Riigikantselei, lk 25
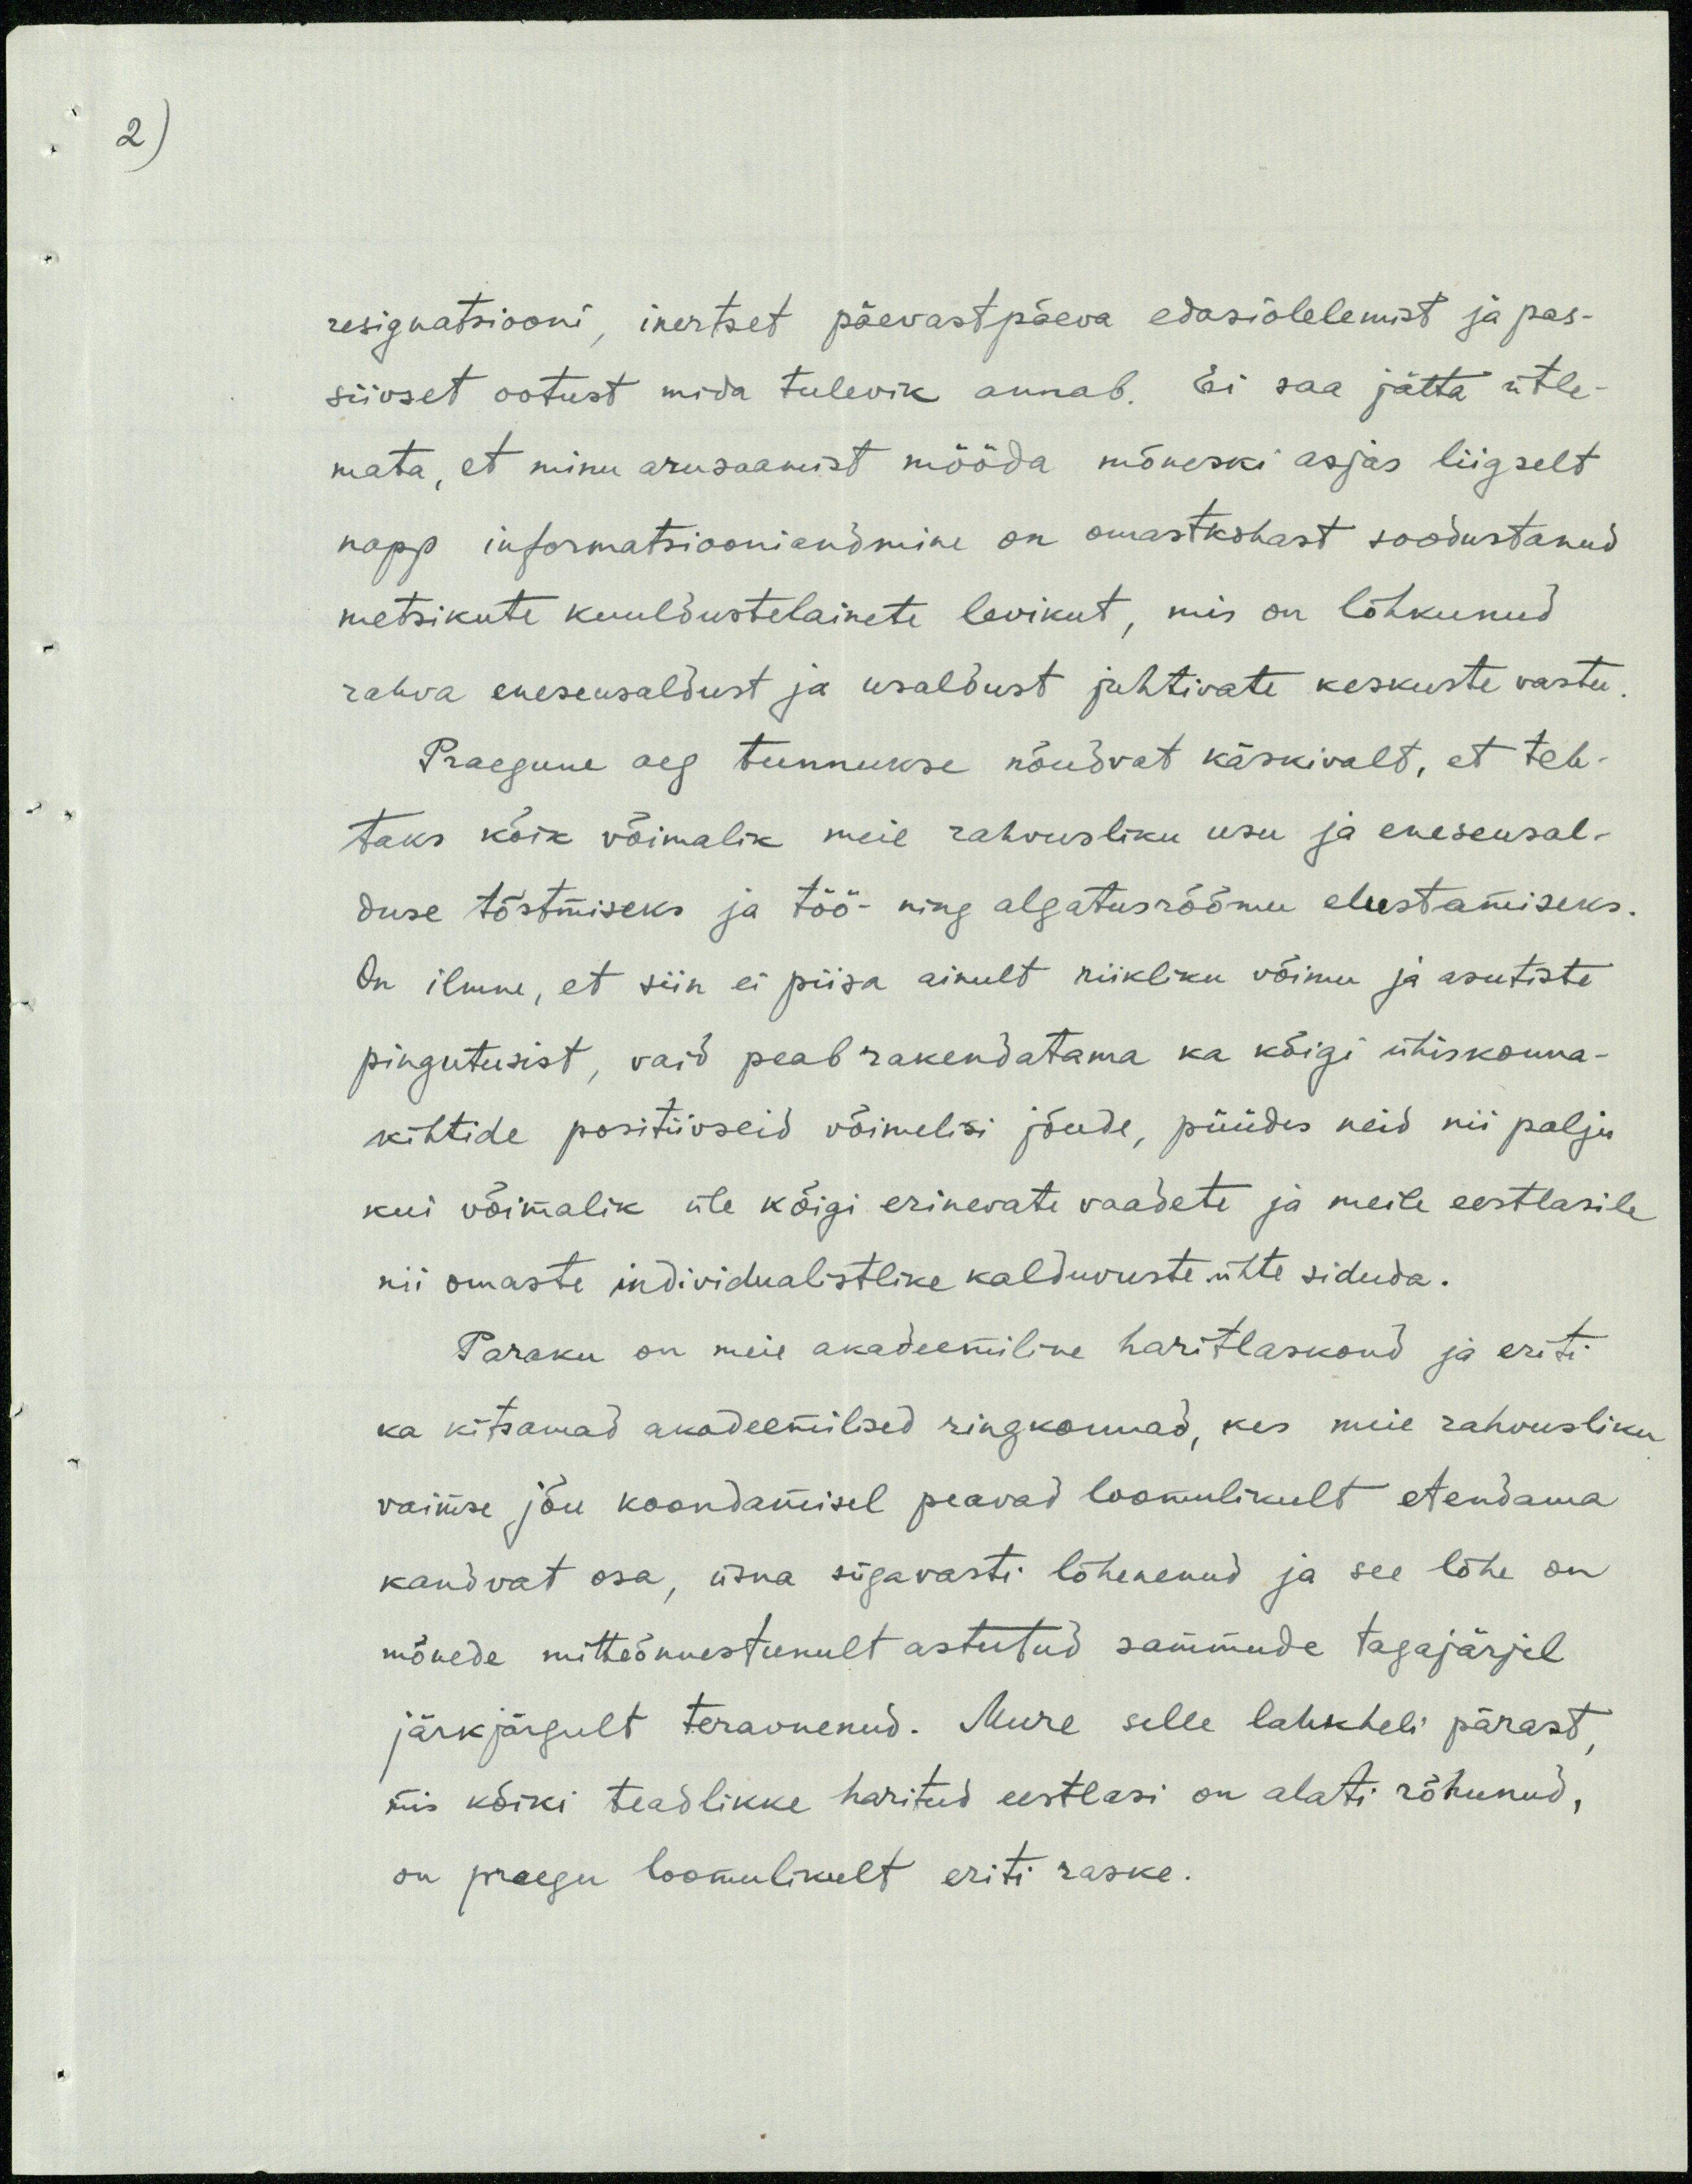
2

resignatsiooni, inertset päevastpäeva edasiolelemist ja pas-
siivset ootust mida tulevik annab. Ei saa jätta ütle-
mata, et minu arusaamist mööda mõneski asjas liigselt
napp informatsiooni andmine on omastkohast soodustanud
metsikute kuuldustelainete levikut, mis on lõhkunud
rahva eneseusaldust ja usaldust juhtivate keskuste vastu.
Praegune aeg tunnukse nõudvat käskivalt, et teh-
taks kõik võimalik meie rahvusliku usu ja eneseusal-
duse tõstmiseks ja töö- ning algatusröömu elustamiseks.
On ilmne, et siin ei piisa ainult riikliku võimu ja asutiste
pingutusist, vaid peab rakendatama ka kõigi ühiskonna-
kihtide positiivseid võimelisi jõude, püüdes neid nii palju
kui võimalik üle kõigi erinevate vaadete ja meile eestlasile
nii omaste individualistlike kalduvuste ühte siduda.
Paraku on meie akadeemiline haritlaskond ja eriti
ka kitsamad akadeemilised ringkonnad, kes meie rahvusliku
vaimse jõu koondamisel peavad loomulikult etendama
kandvat osa, üsna sügavasti lõhenenud ja see lõhe on
mõnede mitteõnnestunult astutud sammude tagajärjel
järkjärgult teravnenud. Mure selle lahkheli pärast,
mis kõiki teadlikke haritud eestlasi on alati rõhunud,
on praegu loomulikult eriti raske.